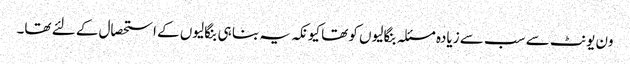
ون یونٹ سے سب سے زیادہ مسئلہ بنگالیوں کو تھا کیونکہ یہ بنا ہی بنگالیوں کے استحصال کے لئے تھا۔